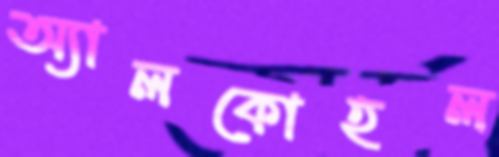
অ্যালকোহল